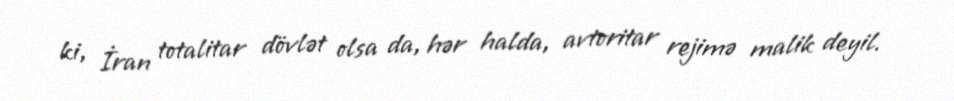
ki, İran totalitar dövlət olsa da, hər halda, avtoritar rejimə malik deyil.